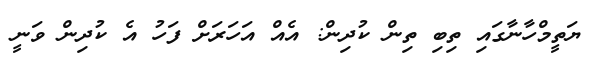
ޔަތީމްހާނާގައި ތިބި ތިން ކުދިން: އެއް އަހަރަށް ފަހު އެ ކުދިން ވަނީ